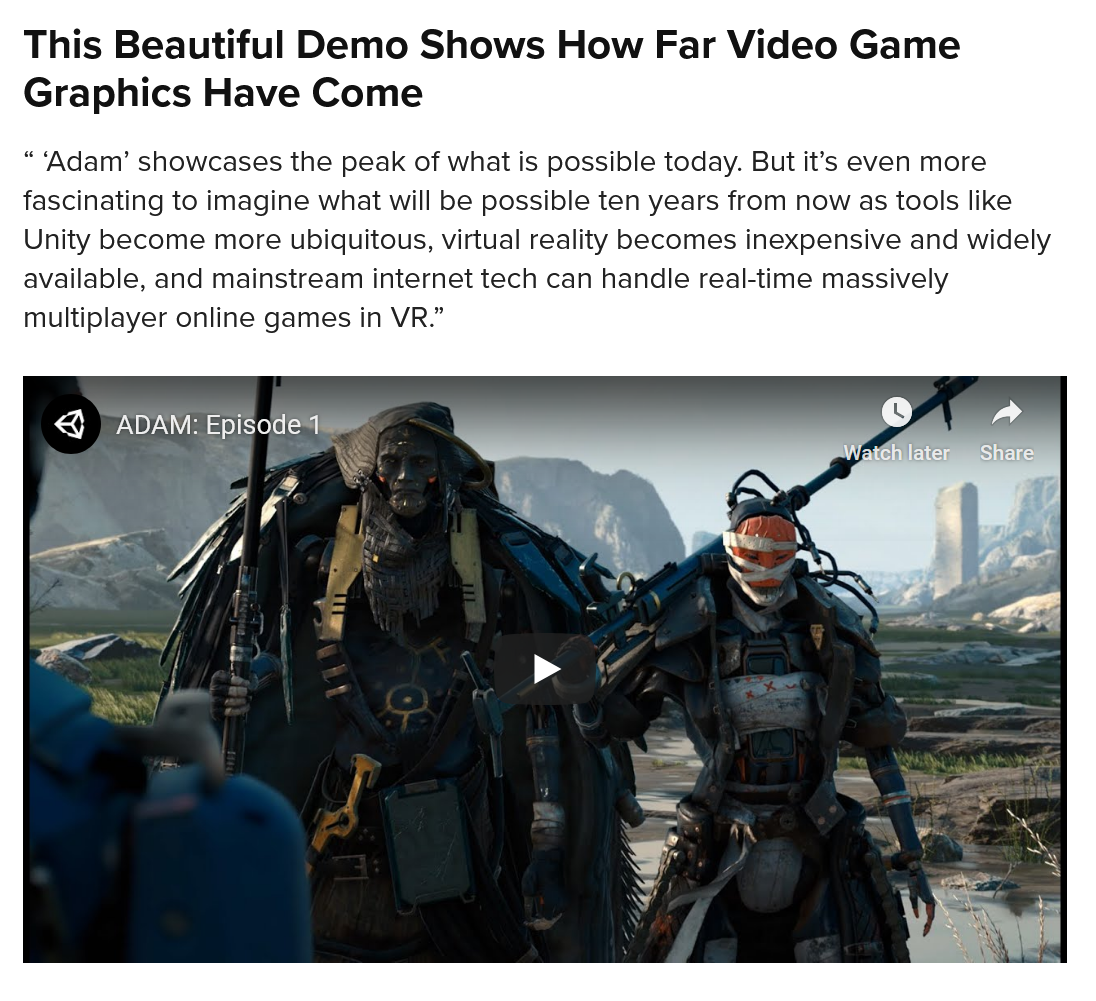
This  Beautiful   Demo    Shows    How   Far  Video   Game
  Graphics    Have   Come
  “
   ‘Adam’ showcases the peak of what is possible today. But it’s even more
  fascinating to imagine what will be possible ten years from now as tools like
  Unity become more ubiquitous, virtual reality becomes inexpensive and widely
  available, and mainstream internet tech can handle real-time massively
  multiplayer online games in VR.”

     ADAM: Episode